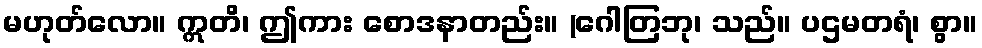
မဟုတ်လော။ ဣတိ၊ ဤကား စောဒနာတည်း။ (ဂေါတြဘု၊ သည်။ ပဌမတရံ၊ စွာ။